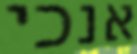
אנכי